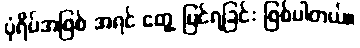
ပုံရိပ်အဖြစ် အရင် တွေ့ မြင်ရခြင်း ဖြစ်ပါတယ်။